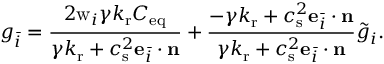
g _ { \bar { i } } = \frac { 2 \mathrm { w } _ { i } \gamma k _ { \mathrm { r } } C _ { \mathrm { e q } } } { \gamma k _ { \mathrm { r } } + c _ { \mathrm { s } } ^ { 2 } \mathbf { e } _ { \bar { i } } \cdot \mathbf { n } } + \frac { - \gamma k _ { \mathrm { r } } + c _ { \mathrm { s } } ^ { 2 } \mathbf { e } _ { \bar { i } } \cdot \mathbf { n } } { \gamma k _ { \mathrm { r } } + c _ { \mathrm { s } } ^ { 2 } \mathbf { e } _ { \bar { i } } \cdot \mathbf { n } } \tilde { g } _ { i } .